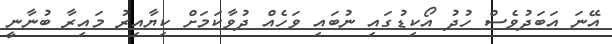
އޭނަ އަބަދުވެސް ހުދު އޯކިޑުގައި ނުބައި ވަހެއް ދުވާކަމަށް ކިޔާއިރު މައިރާ ބުނާނީ